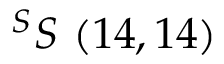
^ { S } S \ ( 1 4 , 1 4 )